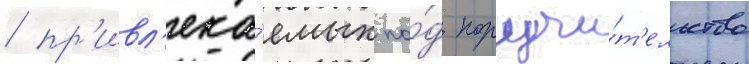
/ пр'ивл'ека́емых по́д поручи́т'ельство